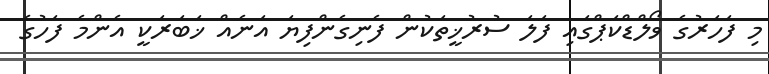
މި ފަހަރުގެ ވޯލްޑްކަޕްގައި ފަލަ ސުރުޚީތަކުން ފެނިގެންފިޔަ އަނެއް ޚަބަރަކީ އެންމެ ފަހުގެ